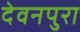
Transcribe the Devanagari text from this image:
देवनपुरा